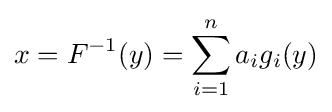
x=F^{-1}(y)=\sum _{i=1}^{n}a_{i}g_{i}(y)